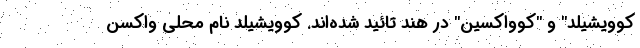
کوویشیلد" و "کوواکسین" در هند تائید شده‌اند. کوویشیلد نام محلی واکسن